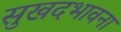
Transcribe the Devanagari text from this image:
सुखदभावना